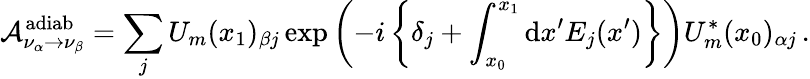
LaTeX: \mathcal{A}_{\nu_{\alpha}\to\nu_{\beta}}^{\mathrm{adiab}}=\sum_{j}U_{m}(x_{1})_{\beta j}\exp\left(-i\left\{ \delta_{j}+\int_{x_{0}}^{x_{1}}\mathrm{d}x^{\prime}E_{j}(x^{\prime})\right\} \right)U_{m}^{*}(x_{0})_{\alpha j}\, .